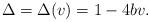
LaTeX: \begin{align*}\Delta = \Delta(v) = 1-4bv. \end{align*}